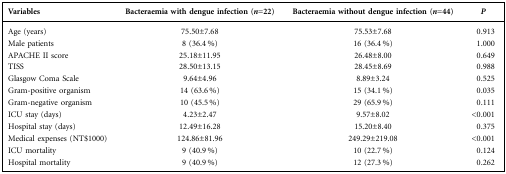
<table><thead><tr><td><b>Variables</b></td><td><b>Bacteraemia with dengue infection (<i>n</i>=22)</b></td><td><b>Bacteraemia without dengue infection (<i>n</i>=44)</b></td><td><b><i>P</i></b></td></tr></thead><tbody><tr><td>Age (years)</td><td>75.50±7.68</td><td>75.53±7.68</td><td>0.913</td></tr><tr><td>Male patients</td><td>8 (36.4 %)</td><td>16 (36.4 %)</td><td>1.000</td></tr><tr><td>APACHE II score</td><td>25.18±11.95</td><td>26.48±8.00</td><td>0.649</td></tr><tr><td>TISS</td><td>28.50±13.15</td><td>28.45±8.69</td><td>0.988</td></tr><tr><td>Glasgow Coma Scale</td><td>9.64±4.96</td><td>8.89±3.24</td><td>0.525</td></tr><tr><td>Gram-positive organism</td><td>14 (63.6 %)</td><td>15 (34.1 %)</td><td>0.035</td></tr><tr><td>Gram-negative organism</td><td>10 (45.5 %)</td><td>29 (65.9 %)</td><td>0.111</td></tr><tr><td>ICU stay (days)</td><td>4.23±2.47</td><td>9.57±8.02</td><td>&lt;0.001</td></tr><tr><td>Hospital stay (days)</td><td>12.49±16.28</td><td>15.20±8.40</td><td>0.375</td></tr><tr><td>Medical expenses (NT$1000)</td><td>124.86±81.96</td><td>249.29±219.08</td><td>&lt;0.001</td></tr><tr><td>ICU mortality</td><td>9 (40.9 %)</td><td>10 (22.7 %)</td><td>0.124</td></tr><tr><td>Hospital mortality</td><td>9 (40.9 %)</td><td>12 (27.3 %)</td><td>0.262</td></tr></tbody></table>